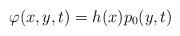
LaTeX: \begin{align*}\varphi(x,y,t)=h(x)p_{0}(y,t)\end{align*}